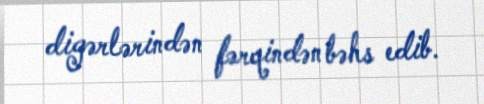
digərlərindən fərqindən bəhs edib.